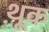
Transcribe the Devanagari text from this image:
थ़ूक